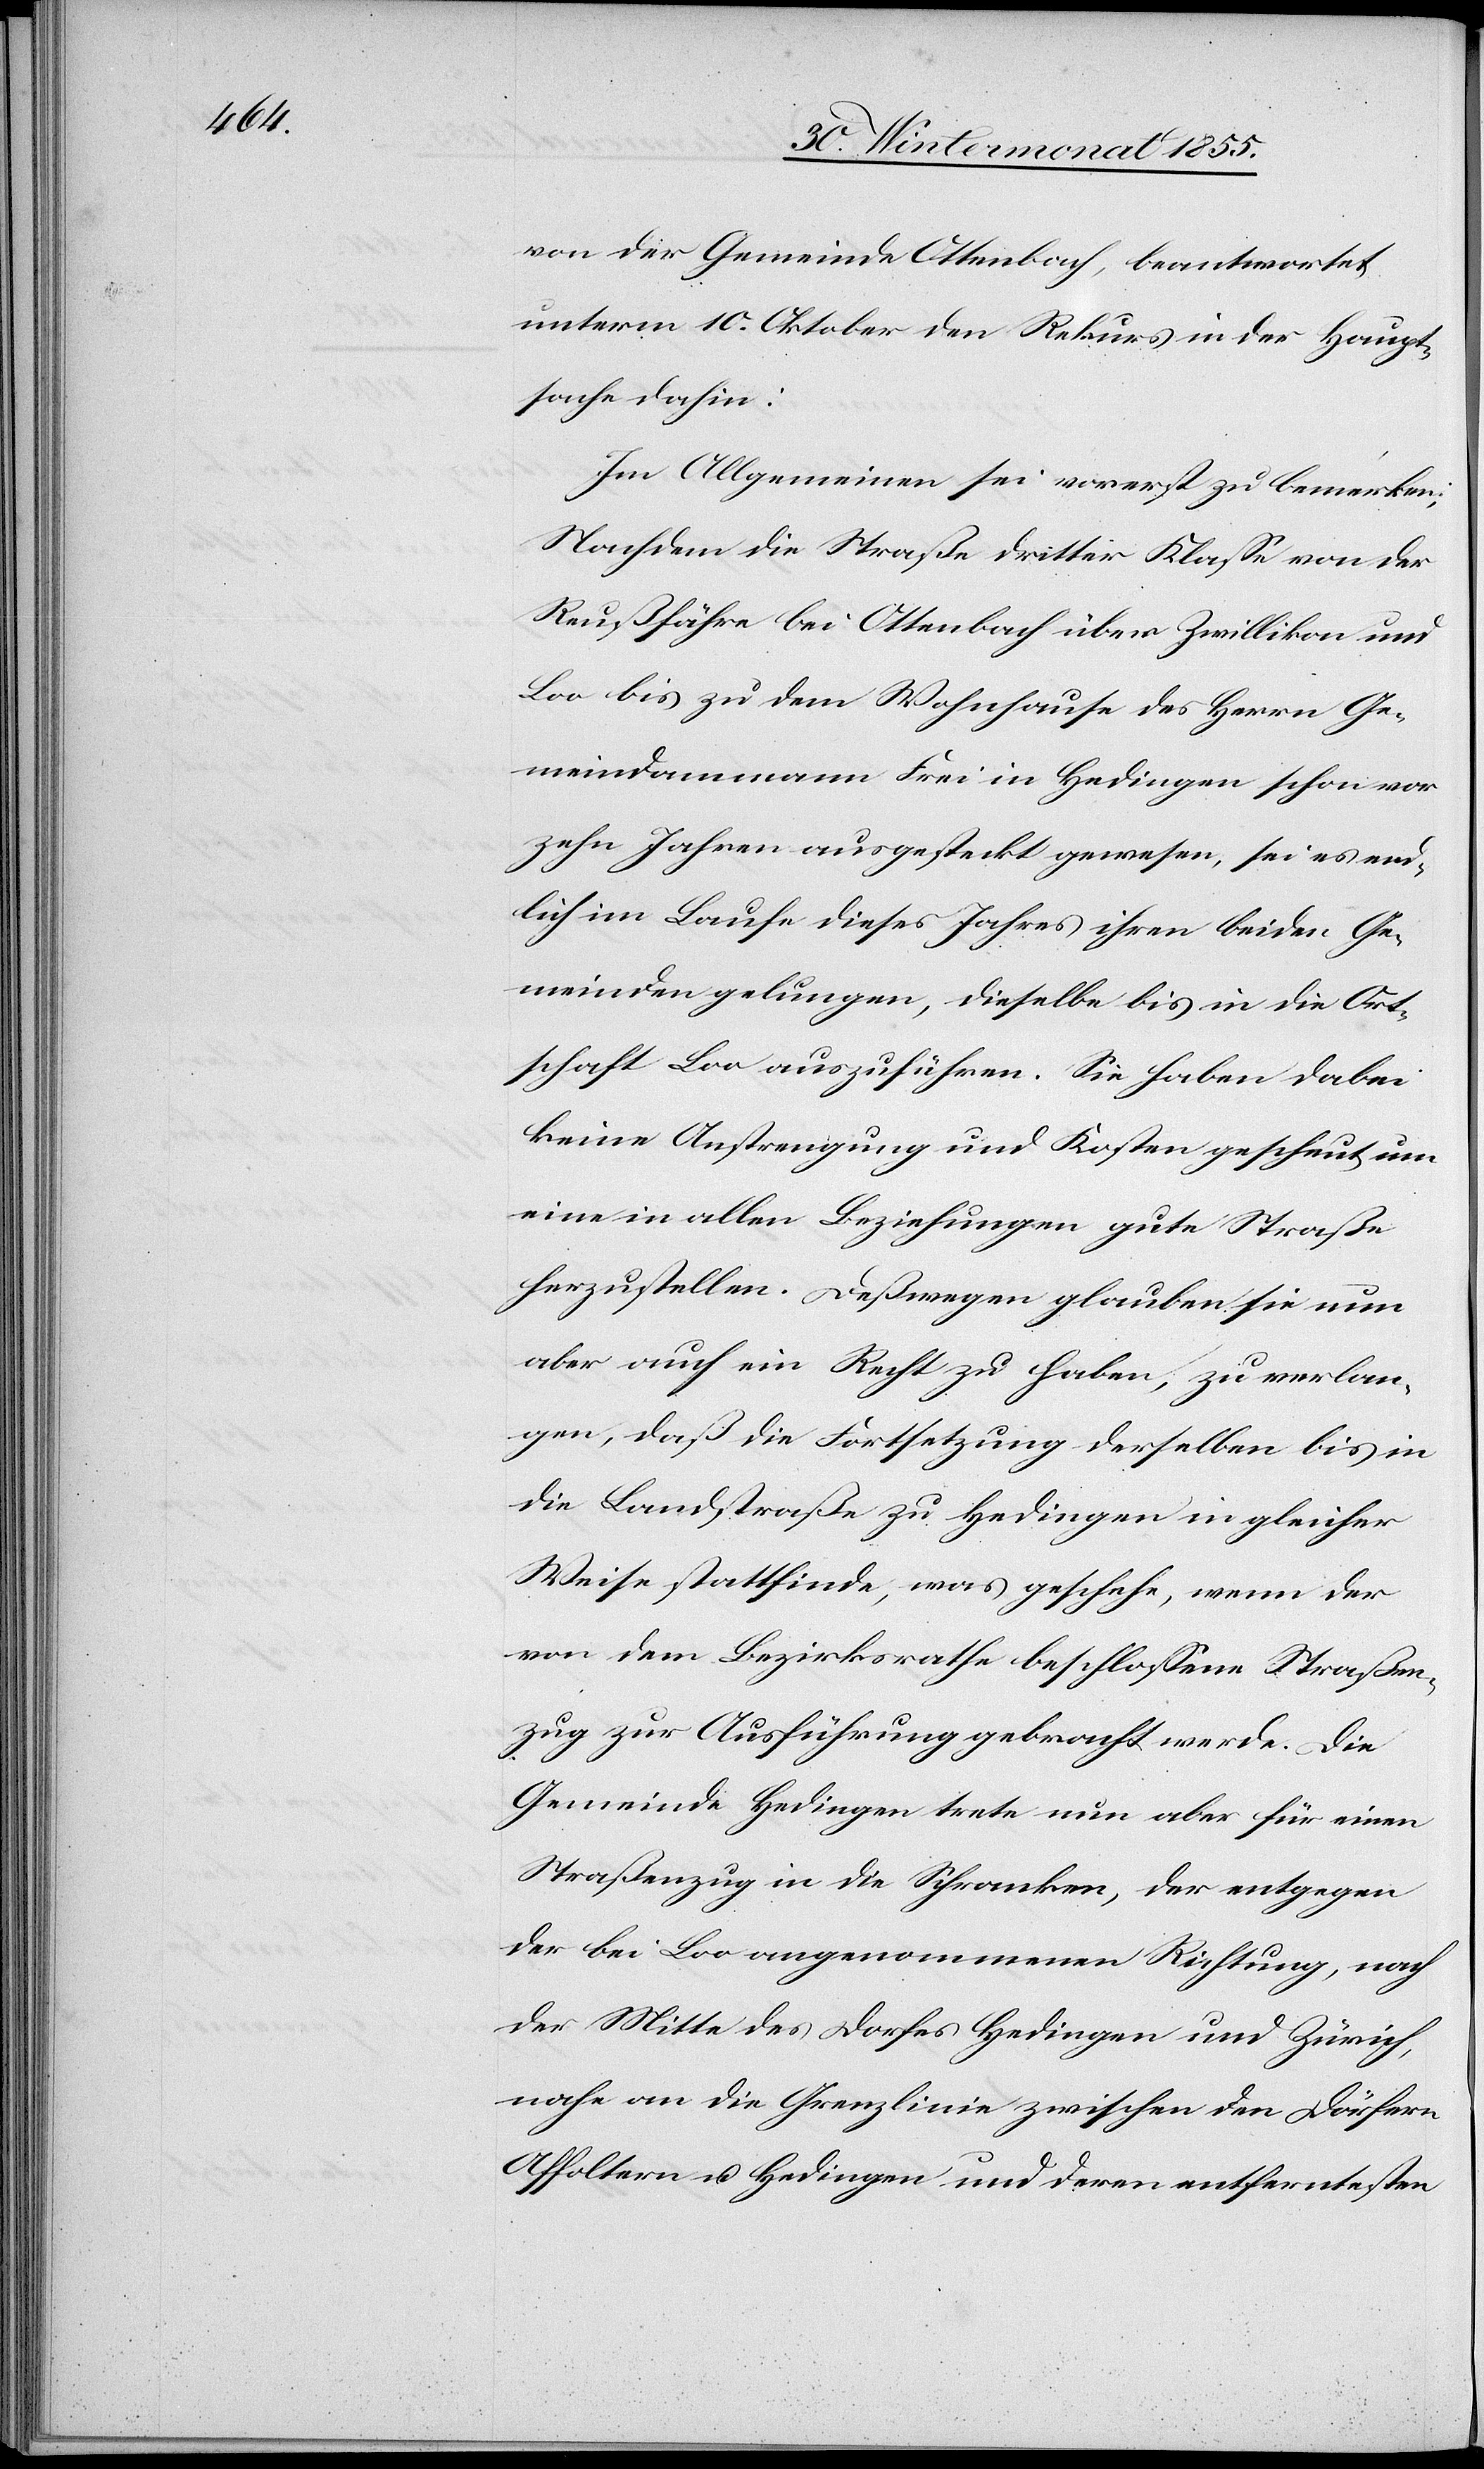
von der Gemeinde Ottenbach, beantwortet
unterm 10. Oktober den Rekurs in der Haupt¬
sache dahin:
Im Allgemeinen sei vorerst zu bemerken:
Nachdem die Straße dritter Klasse von der
Reußfähre bei Ottenbach über Zwillikon und
Loo bis zu dem Wohnhause des Herrn Ge¬
meindammann Frei in Hedingen schon vor
zehn Jahren ausgesteckt gewesen, sei es end¬
lich im Laufe dieses Jahres ihren beiden Ge¬
meinden gelungen, dieselbe bis in die Ort¬
schaft Loo auszuführen. Sie haben dabei
keine Anstrengung und Kosten gescheut, um
eine in allen Beziehungen gute Straße
herzustellen. Deßwegen glauben sie nun
aber auch ein Recht zu haben, zu verlan¬
gen, daß die Fortsetzung derselben bis in
die Landstraße zu Hedingen in gleicher
Weise stattfinde, was geschehe, wenn der
von dem Bezirksrathe beschlossene Straßen¬
zug zur Ausführung gebracht werde. Die
Gemeinde Hedingen trete nun aber für einen
Straßenzug in die Schranken, der entgegen
der bei Loo angenommenen Richtung, nach
der Mitte des Dorfes Hedingen und Zürich,
nahe an die Grenzlinie zwischen den Dörfern
Affoltern u. Hedingen und deren entferntesten